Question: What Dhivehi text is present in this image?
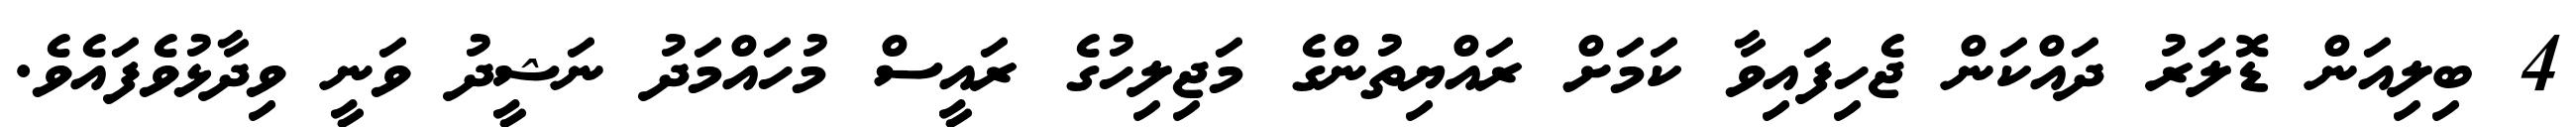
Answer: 4 ބިލިއަން ޑޮލަރު ދައްކަން ޖެހިފައިވާ ކަމަށް ރައްޔިތުންގެ މަޖިލިހުގެ ރައީސް މުހައްމަދު ނަޝީދު ވަނީ ވިދާޅުވެފައެވެ.